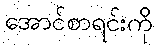
အောင်စာရင်းကို